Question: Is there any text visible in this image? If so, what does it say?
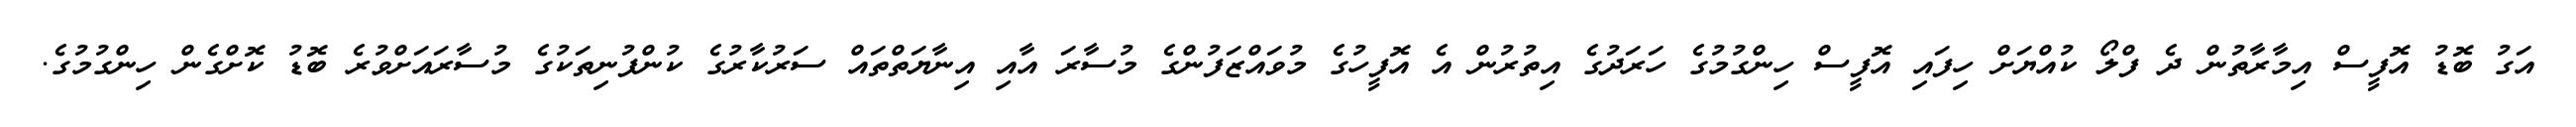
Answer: އަގު ބޮޑު އޮފީސް އިމާރާތުން ދެ ފްލޯ ކުއްޔަށް ހިފައި އޮފީސް ހިންގުމުގެ ހަރަދުގެ އިތުރުން އެ އޮފީހުގެ މުވައްޒަފުންގެ މުސާރަ އާއި އިނާޔަތްތައް ސަރުކާރުގެ ކުންފުނިތަކުގެ މުސާރައަށްވުރެ ބޮޑު ކޮށްގެން ހިންގުމުގެ.